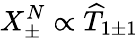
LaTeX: X_{\pm}^{N}\propto\widehat{T}_{1\pm 1}